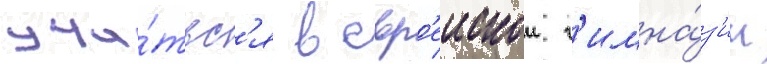
учи́тьс'я в евр'еискои г'имна́з'ии